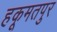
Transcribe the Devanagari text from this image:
हकूमतपुर